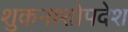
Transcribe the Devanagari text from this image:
शुकनाशोपदेश